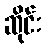
ဆိုင်း